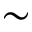
\sim